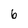
Character: 6